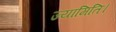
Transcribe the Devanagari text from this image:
ज्यामिति।